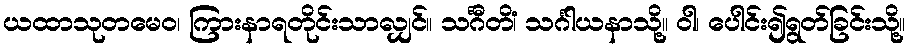
ယထာသုတမေဝ၊ ကြားနာရတိုင်းသာလျှင်။ သင်္ဂီတိံ၊ သင်္ဂါယနာသို့။ ဝါ၊ ပေါင်း၍ရွတ်ခြင်းသို့။